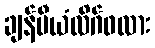
ချန်ပီယံလိဂ်ဖလား